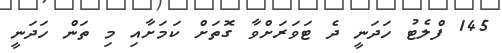
145 ފްލެޓު ހަދަނީ ދެ ޓަވަރަށްވާ ގޮތަށް ކަމަށާއި މި ތަން ހަދަނީ